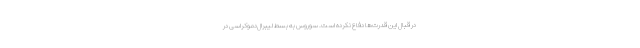
در قبال این قدرت‌ها دفاع نکرده است. سوروس به بسط لیبرال‌دموکراسی در